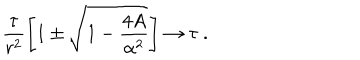
LaTeX: \frac { \tau } { r ^ { 2 } } \left[ 1 \pm \sqrt { 1 - \frac { 4 A } { \alpha ^ { 2 } } } \right] \rightarrow \tau \ .